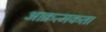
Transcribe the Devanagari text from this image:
आक्रत्मकता